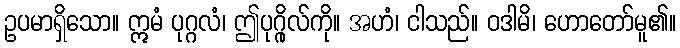
ဥပမာရှိသော။ ဣမံ ပုဂ္ဂလံ၊ ဤပုဂ္ဂိုလ်ကို။ အဟံ၊ ငါသည်။ ဝဒါမိ၊ ဟောတော်မူ၏။